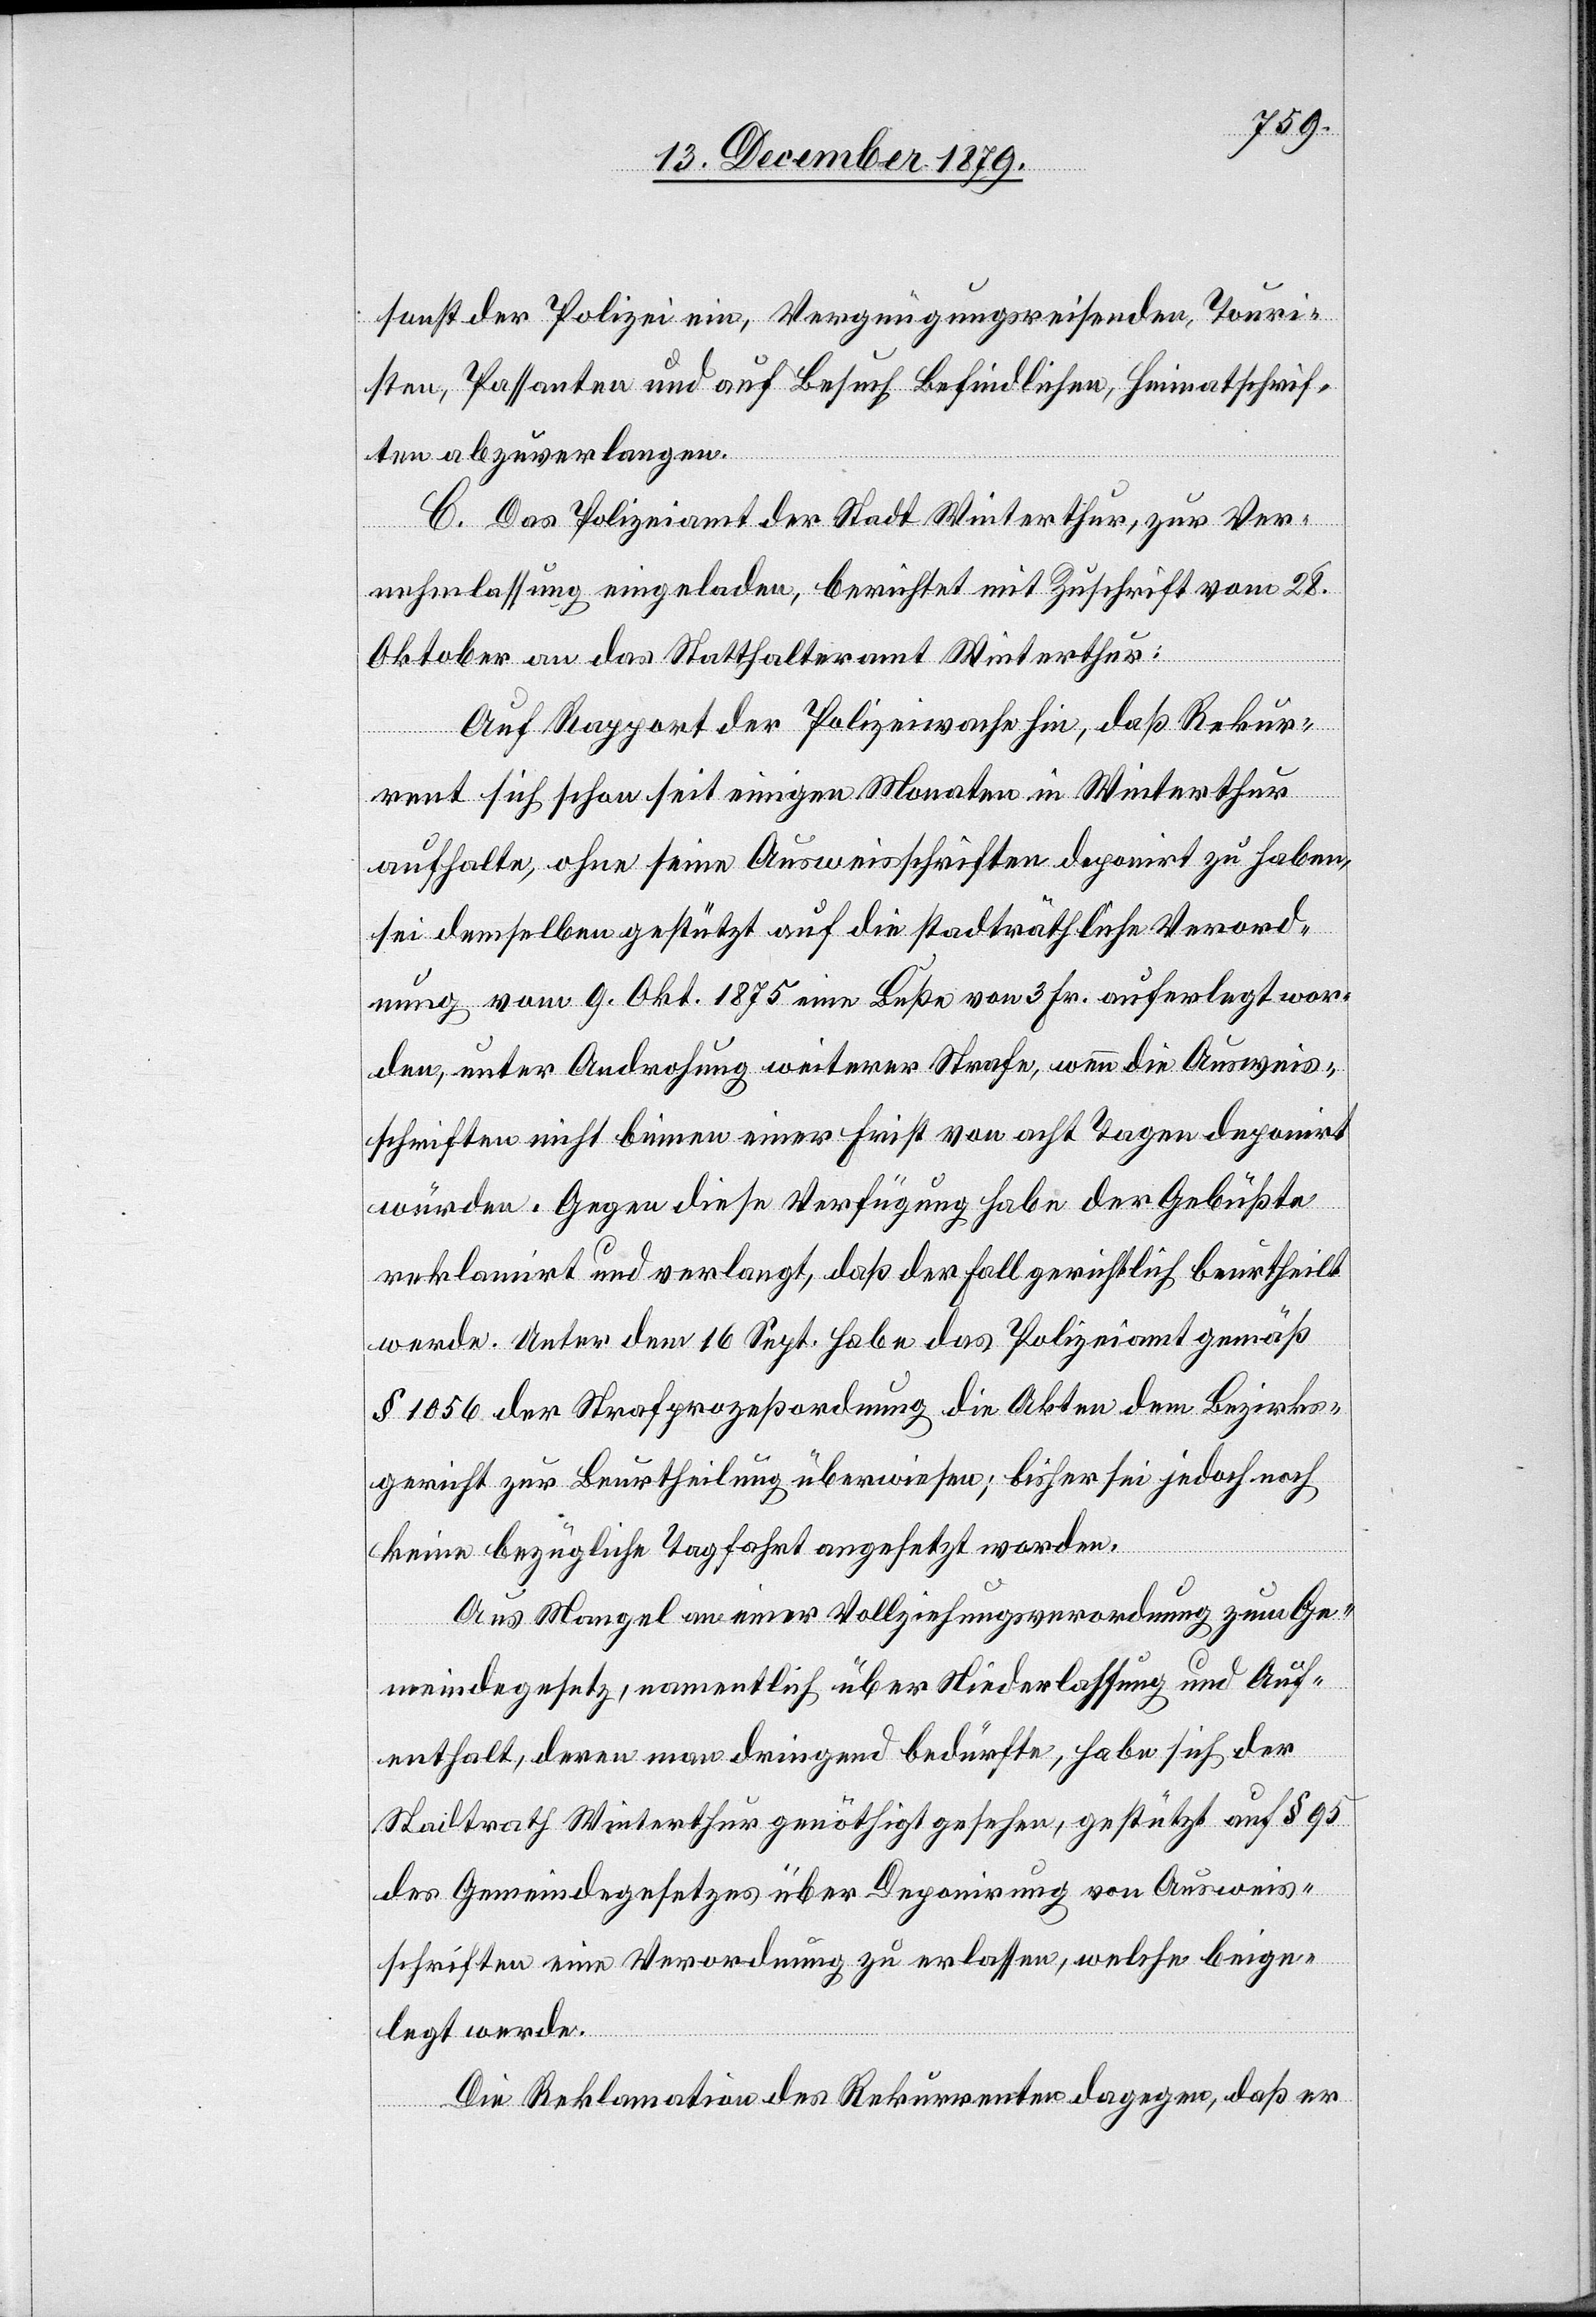
sonst der Polizei ein, Vergnügungsreisenden, Touri¬
sten, Passanten und auf Besuch befindlichen, Heimatschrif¬
ten abzuverlangen.
C. Das Polizeiamt der Stadt Winterthur, zur Ver¬
nehmlassung eingeladen, berichtet mit Zuschrift vom 28.
Oktober an das Statthalteramt Winterthur:
Auf Rapport der Polizeiwache hin, daß Rekur¬
rent sich schon seit einigen Monaten in Winterthur
aufhalte, ohne seine Ausweisschriften deponirt zu haben,
sei demselben gestützt auf die stadträthliche Verord¬
nung vom 9. Okt. 1875 eine Buße von 3 Fr. auferlegt wor¬
den, unter Androhung weiterer Strafe, wenn die Ausweis¬
schriften nicht binnen einer Frist von acht Tagen deponirt
würden. Gegen diese Verfügung habe der Gebüßte
reklamirt und verlangt, daß der Fall gerichtlich beurtheilt
werde. Unter dem 16. Septbr. habe das Polizeiamt gemäß
§ 1056 der Strafprozessordnung die Akten dem Bezirks¬
gericht zur Beurtheilung überwiesen; bisher sei jedoch noch
keine bezügliche Tagfahrt angesetzt worden.
Aus Mangel an einer Vollziehungsverordnung zum Ge¬
meindegesetz, namentlich über Niederlassung und Auf¬
enthalt, deren man dringend bedürfte, habe sich der
Stadtrath Winterthur genöthigt gesehen, gestützt auf § 95
des Gemeindegesetzes über Deponirung von Ausweis¬
schriften eine Verordnung zu erlassen, welche beige¬
legt werde.
Die Reklamation des Rekurrenten dagegen, daß er